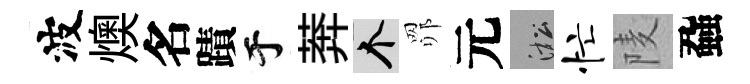
波燠名蹟于莾个𦊑元淞忙𨹧蝨